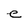
Character: e